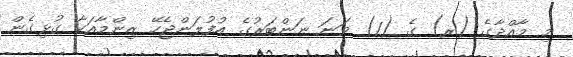
މި މާއްދާގެ (ރ) ގެ (1) ވަނަ ނަންބަރުގެ އުފުލަންޖެހޭ ޒިންމާއަކާ ގުޅިގެން